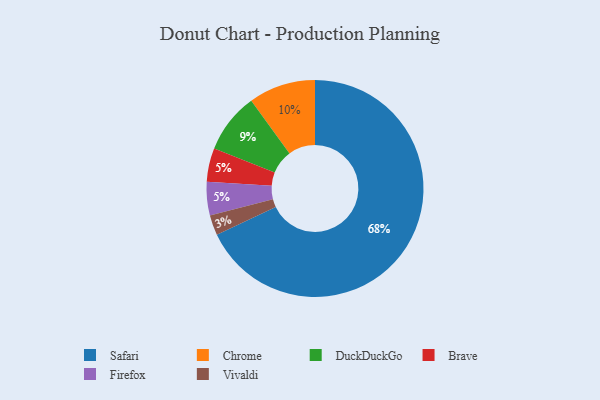
{"axis": {"x": "Category", "y": "Percentage"}, "legend": ["Brave", "Chrome", "DuckDuckGo", "Firefox", "Safari", "Vivaldi"], "data": [{"x": "Brave", "y": 5, "type": "Brave"}, {"x": "Vivaldi", "y": 3, "type": "Vivaldi"}, {"x": "DuckDuckGo", "y": 9, "type": "DuckDuckGo"}, {"x": "Firefox", "y": 5, "type": "Firefox"}, {"x": "Safari", "y": 68, "type": "Safari"}, {"x": "Chrome", "y": 10, "type": "Chrome"}]}